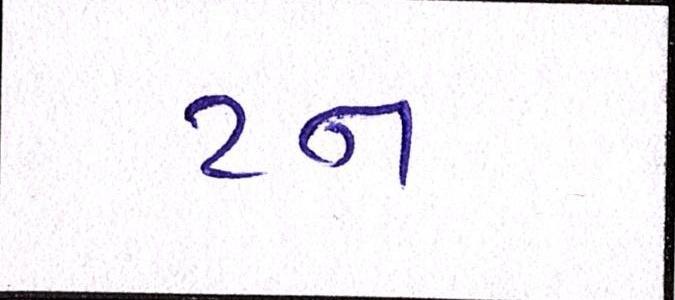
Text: ટન